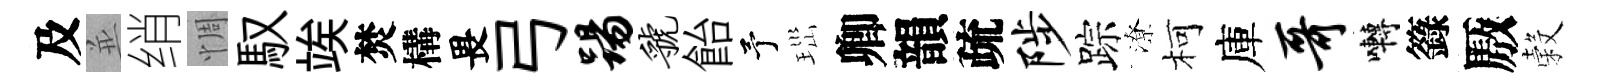
及並绡惆馭竢焚構畏弓踢虢飴予𤤼卿韻疏陟踪潦柯庫哥囀籙厫穀